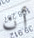
أن